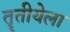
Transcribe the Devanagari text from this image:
तॄतीयेला